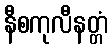
နီစကုလီနတ္တံ